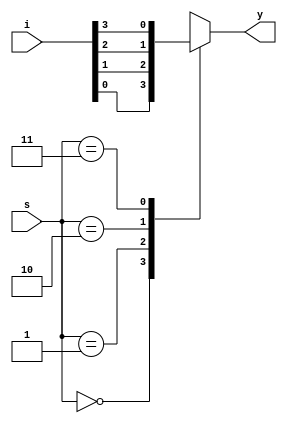
module MUX(i, s, y);

input [3:0]i;
input [1:0]s;
output y;
reg y;

always@(s or i)
begin
case(s)
2'b00: y=i[0];
2'b01: y=i[1];
2'b10: y=i[2];
2'b11: y=i[3];
default: y=0;
endcase
end

endmodule